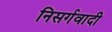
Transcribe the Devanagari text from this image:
निसर्गवादी